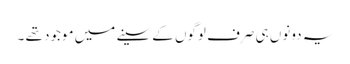
یہ دونوں‌ ہی صرف لوگوں کے سینے میں موجود تھے ۔